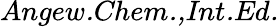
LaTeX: \textit{Angew.Chem.,Int.Ed.}